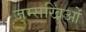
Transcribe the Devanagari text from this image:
जम्सखिओं